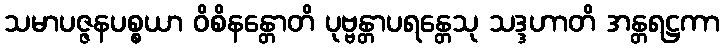
သမာပဇ္ဇနပစ္စယာ ဝိစိနန္တောတိ ပုဗ္ဗန္တာပရန္တေသု သဒ္ဒဟာတိ အန္တရဋ္ဌကာ